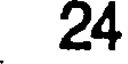
24